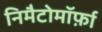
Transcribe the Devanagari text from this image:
निमैटोमॉर्फ़ा